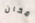
مكان